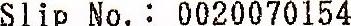
SLIP NO.: 0020070154